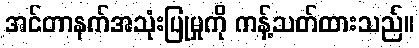
အင်တာနက်အသုံးပြုမှုကို ကန့်သတ်ထားသည်။